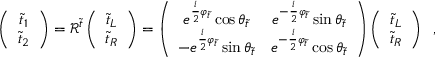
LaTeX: \left( \begin{array} { c } { { \tilde { t } _ { 1 } } } \\ { { \tilde { t } _ { 2 } } } \end{array} \right) = { \mathcal R } ^ { \tilde { t } } \left( \begin{array} { c } { { \tilde { t } _ { L } } } \\ { { \tilde { t } _ { R } } } \end{array} \right) = \left( \begin{array} { c c } { { e ^ { \frac { i } { 2 } \varphi _ { \tilde { t } } } \cos \theta _ { \tilde { t } } } } & { { e ^ { - \frac { i } { 2 } \varphi _ { \tilde { t } } } \sin \theta _ { \tilde { t } } } } \\ { { - e ^ { \frac { i } { 2 } \varphi _ { \tilde { t } } } \sin \theta _ { \tilde { t } } } } & { { e ^ { - \frac { i } { 2 } \varphi _ { \tilde { t } } } \cos \theta _ { \tilde { t } } } } \end{array} \right) \left( \begin{array} { c } { { \tilde { t } _ { L } } } \\ { { \tilde { t } _ { R } } } \end{array} \right) \enspace ,